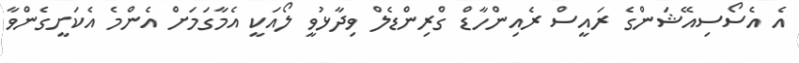
އެ އެސޯސިއޭޝަންގެ ރައީސް ރެއިންހާޑް ގްރިންޑެލް ވިދާޅުވީ ލޯއަކީ އެމާގަމަށް އެންމެ އެކަށީގެންވާ